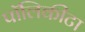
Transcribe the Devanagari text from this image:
पॉलिकीटा